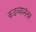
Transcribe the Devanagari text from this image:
कडव्यानंतर